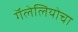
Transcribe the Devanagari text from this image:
गॅलेलियोचा